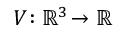
V \! : \mathbb { R } ^ { 3 } \! \rightarrow \mathbb { R }